Vaccination in Bombay 1913-1923 - 1913-1923
Year: 1913
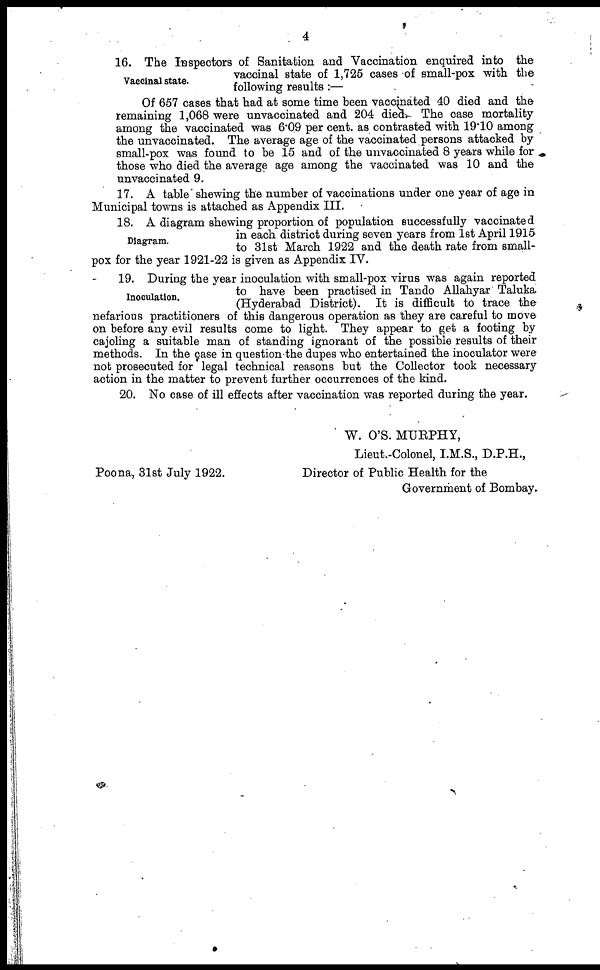
4
Vaccinal state.
16. The Inspectors of Sanitation and Vaccination enquired into the
vaccinal state of 1,725 cases of small-pox with the
following results :—
Of 657 cases that had at some time been vaccinated 40 died and the
remaining 1,068 were unvaccinated and 204 died. The case mortality
among the vaccinated was 6.09 per cent. as contrasted with 19.10 among
the unvaccinated. The average age of the vaccinated persons attacked by
small-pox was found to be 15 and of the unvaccinated 8 years while for
those who died the average age among the vaccinated was 10 and the
unvaccinated 9.
17. A table shewing the number of vaccinations under one year of age in
Municipal towns is attached as Appendix III.
Diagram.
18. A diagram shewing proportion of population successfully vaccinated
in each district during seven years from 1st April 1915
to 31st March 1922 and the death rate from small-
pox for the year 1921-22 is given as Appendix IV.
Inoculation.
19. During the year inoculation with small-pox virus was again reported
to have been practised in Tando Allahyar Taluka
(Hyderabad District). It is difficult to trace the
nefarious practitioners of this dangerous operation as they are careful to move
on before any evil results come to light. They appear to get a footing by
cajoling a suitable man of standing ignorant of the possible results of their
methods. In the case in question the dupes who entertained the inoculator were
not prosecuted for legal technical reasons but the Collector took necessary
action in the matter to prevent further occurrences of the kind.
20. No case of ill effects after vaccination was reported during the year.
W. O'S. MURPHY,
Lieut.-Colonel, I.M.S., D.P.H.,
Director of Public Health for the
Government of Bombay.
Poona, 31st July 1922.